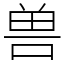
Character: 兽